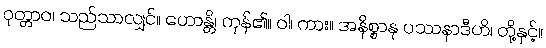
ဝုတ္တာဝ၊ သည်သာလျှင်။ ဟောန္တိ၊ ကုန်၏။ ဝါ၊ ကား။ အနိစ္စာနု ပဿနာဒီဟိ၊ တို့နှင့်။